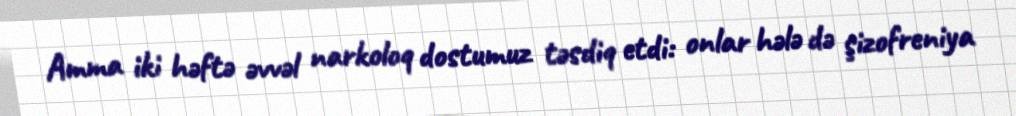
Amma iki həftə əvvəl narkoloq dostumuz təsdiq etdi: onlar hələ də şizofreniya